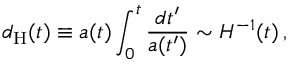
d _ { \mathrm { H } } ( t ) \equiv a ( t ) \int _ { 0 } ^ { t } { \frac { d t ^ { \prime } } { a ( t ^ { \prime } ) } } \sim H ^ { - 1 } ( t ) \, ,